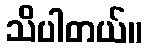
သိပါတယ်။